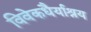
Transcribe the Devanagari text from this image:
विवेकधैर्याश्रय